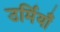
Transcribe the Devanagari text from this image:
उर्मियाँ